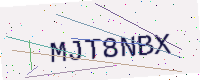
Text: MJT8NBX